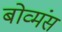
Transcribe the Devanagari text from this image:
बोव्मंस